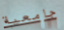
جامعية